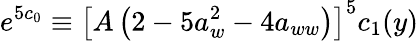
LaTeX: e^{5c_{0}}\equiv\left[A\left(2-5a_{w}^{2}-4a_{ww}\right)\right]^{5}c_{1}(y)